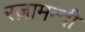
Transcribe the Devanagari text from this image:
रज़ामन्दी